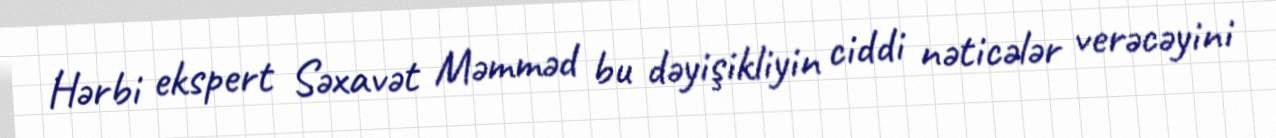
Hərbi ekspert Səxavət Məmməd bu dəyişikliyin ciddi nəticələr verəcəyini